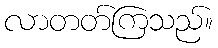
လာတတ်ကြသည်။